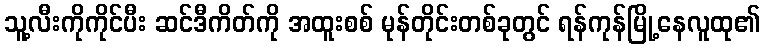
သူ့လီးကိုကိုင်ပီး ဆင်ဒီကိတ်ကို အထူးစစ် မုန်တိုင်းတစ်ခုတွင် ရန်ကုန်မြို့နေလူထု၏